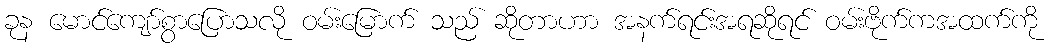
ခုန မောင်ကျော်စွာပြောသလို ဝမ်းမြောက် သည် ဆိုတာဟာ အနက်ရင်းအရဆိုရင် ဝမ်းဗိုက်ကအထက်ကို